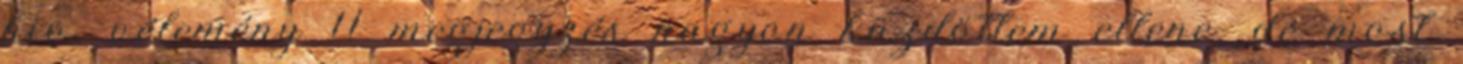
hiv, vélemény 11 megjegyzés nagyon küzdöttem ellene, de most